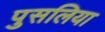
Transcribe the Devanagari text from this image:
पुसलिया